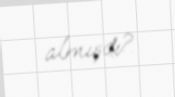
almışdı?.